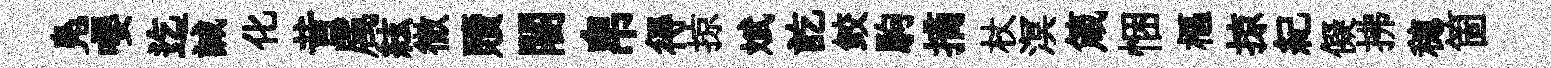
鳬嚶迄誠化昔属絃徹贖闍帛得掠斌訖鲛駒摘杖溟箴悃樞掠紀儗拂穂箇